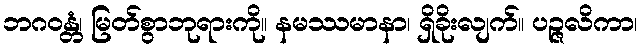
ဘဂဝန္တံ၊ မြတ်စွာဘုရားကို။ နမဿမာနာ၊ ရှိခိုးလျက်။ ပဉ္ဇလိကာ၊